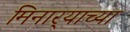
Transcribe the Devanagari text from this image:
मिनार्‍याच्या